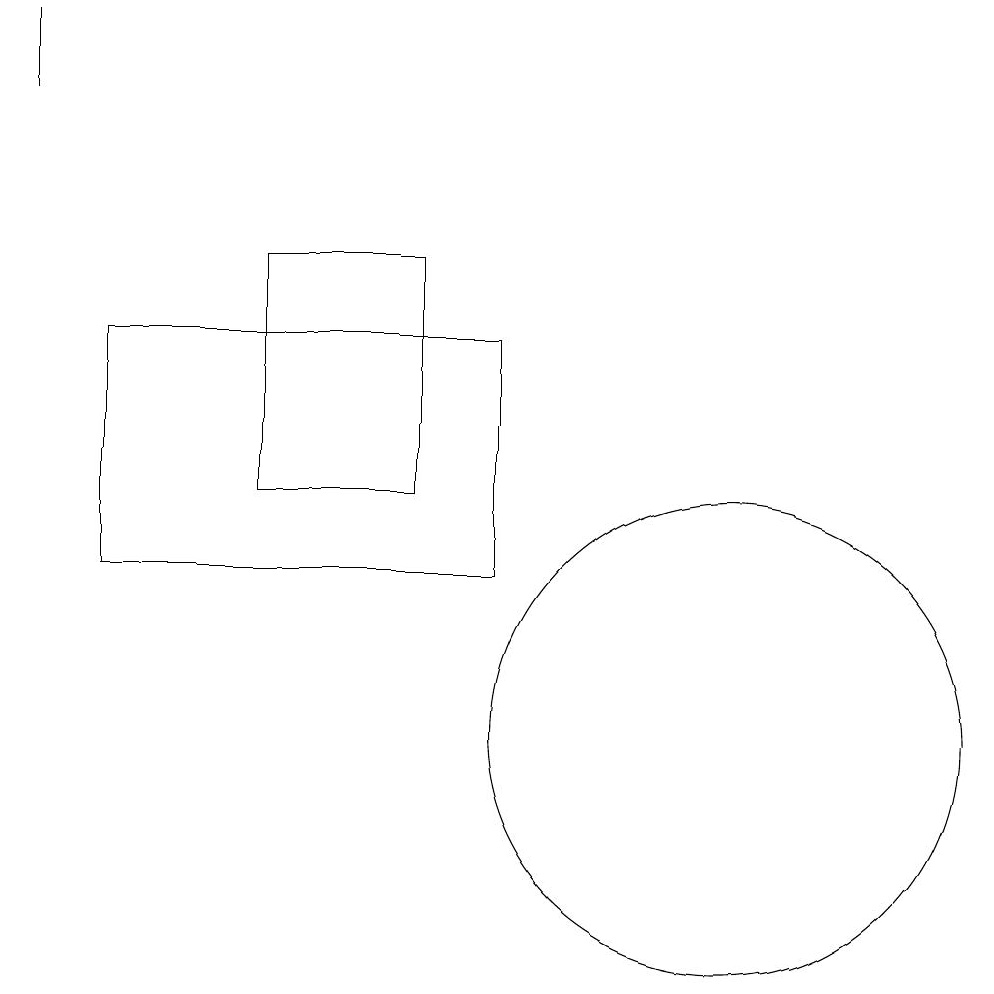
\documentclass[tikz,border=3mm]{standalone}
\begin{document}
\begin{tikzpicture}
\draw (2,12) rectangle (7,15);
\draw (1,19) rectangle (1,18);
\draw (6,16) rectangle (4,13);
\draw (10,10) circle (3);
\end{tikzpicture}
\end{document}